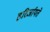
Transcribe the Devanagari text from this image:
हरिर्जायते